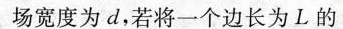
场宽度为d，若将一个边长为L的